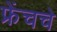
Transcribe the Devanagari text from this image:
फ्रेंचचे